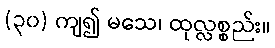
(၃၀) ကျ၍ မသေ၊ ထုလ္လစ္စည်း။